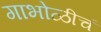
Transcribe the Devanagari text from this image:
गाभोळीचं